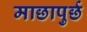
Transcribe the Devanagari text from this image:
माछापुर्छ